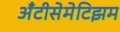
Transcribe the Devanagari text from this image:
अँटीसेमेटिझम